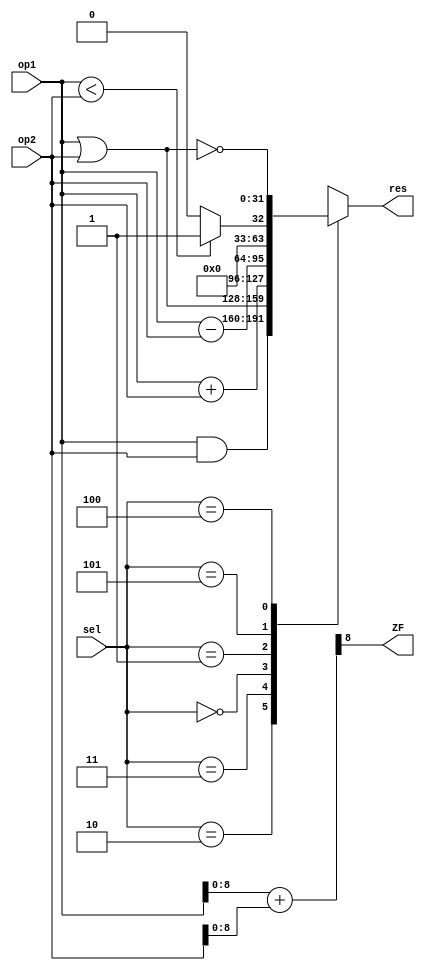
module ALU(
	input wire[31:0]op1,
	input wire[31:0]op2,
	input wire[2:0]sel,
	output reg[31:0]res,
	output ZF
);
//2. Definir elementos internos del modulo 
	reg [31:0]ALU_Resultados;
	wire [8:0]tmp;
	assign res = ALU_Resultados;
	assign tmp = {1'b0,op1} + {1'b0,op2};
	assign ZF = tmp[8];

//3. Declarar los procesos secuenciales, asignaciones y/o instancias
always@(*)
	begin
	case(sel)
	   3'b010: //AND
	      ALU_Resultados = op1 & op2;
	   3'b011: //OR
	      ALU_Resultados = op1 | op2;
	   3'b000: //ADD
	      ALU_Resultados = op1 + op2;
	   3'b001: //SUB
	      ALU_Resultados = op1 - op2;
	   3'b101: //SLT
	      ALU_Resultados = (op1 < op2) ? 1 : 0;
	   3'b100: //NOR
	      ALU_Resultados = ~(op1 | op2);
	   default: 
		  ALU_Resultados = 32'dx; // Pone el resultado como indeterminado
	endcase
end
endmodule